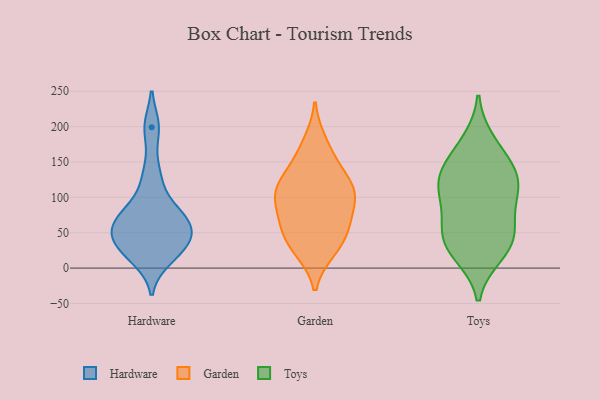
{"axis": {"x": "Humidity (%)", "y": "Value"}, "legend": ["Garden", "Hardware", "Toys"], "data": [{"x": "", "y": 27, "type": "Hardware"}, {"x": "", "y": 199, "type": "Hardware"}, {"x": "", "y": 35, "type": "Hardware"}, {"x": "", "y": 58, "type": "Hardware"}, {"x": "", "y": 60, "type": "Hardware"}, {"x": "", "y": 86, "type": "Hardware"}, {"x": "", "y": 13, "type": "Hardware"}, {"x": "", "y": 75, "type": "Hardware"}, {"x": "", "y": 131, "type": "Hardware"}, {"x": "", "y": 46, "type": "Hardware"}, {"x": "", "y": 51, "type": "Garden"}, {"x": "", "y": 105, "type": "Garden"}, {"x": "", "y": 60, "type": "Garden"}, {"x": "", "y": 84, "type": "Garden"}, {"x": "", "y": 179, "type": "Garden"}, {"x": "", "y": 62, "type": "Garden"}, {"x": "", "y": 110, "type": "Garden"}, {"x": "", "y": 151, "type": "Garden"}, {"x": "", "y": 110, "type": "Garden"}, {"x": "", "y": 24, "type": "Garden"}, {"x": "", "y": 27, "type": "Garden"}, {"x": "", "y": 105, "type": "Garden"}, {"x": "", "y": 135, "type": "Garden"}, {"x": "", "y": 98, "type": "Toys"}, {"x": "", "y": 41, "type": "Toys"}, {"x": "", "y": 159, "type": "Toys"}, {"x": "", "y": 45, "type": "Toys"}, {"x": "", "y": 119, "type": "Toys"}, {"x": "", "y": 127, "type": "Toys"}, {"x": "", "y": 55, "type": "Toys"}, {"x": "", "y": 122, "type": "Toys"}, {"x": "", "y": 20, "type": "Toys"}, {"x": "", "y": 27, "type": "Toys"}, {"x": "", "y": 178, "type": "Toys"}, {"x": "", "y": 83, "type": "Toys"}, {"x": "", "y": 134, "type": "Toys"}]}